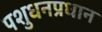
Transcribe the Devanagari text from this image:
पशुधनप्रधान